Annual administration report of the Civil Veterinary Department, Sind - 1937-1938
Year: 1937
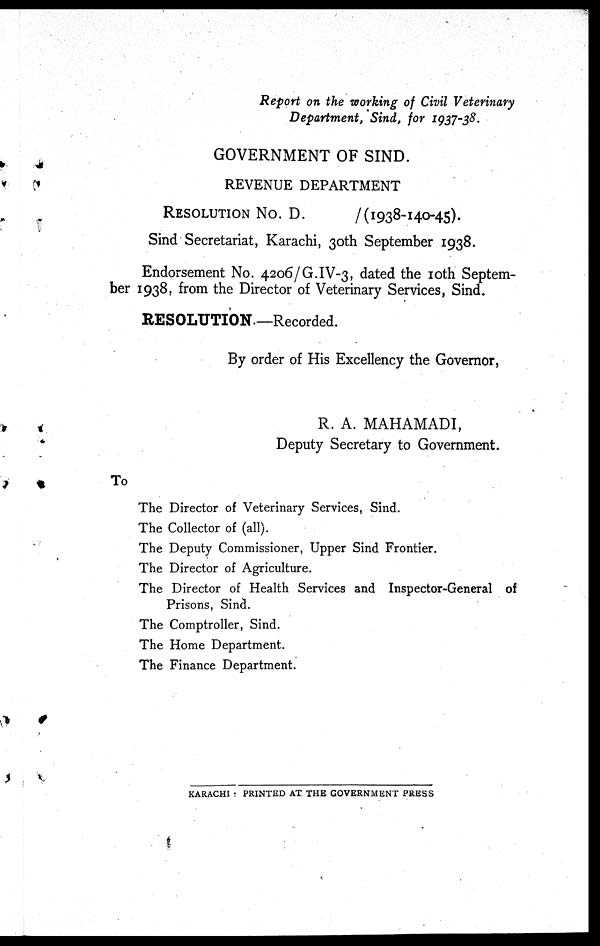
Report on the working of Civil Veterinary
Department, Sind, for 1937-38.
GOVERNMENT OF SIND.
REVENUE DEPARTMENT
REOSOLUTION
NO. D.
/(1938-140-45)
Sind Secretariat, Karachi, 30th September 1938.
Endorsement No. 4206/G.IV-3, dated the 10th Septem-
ber 1938, from the Director of Veterinary Services, Sind.
RESOLUTION.—Recorded.
By order of His Excellency the Governor,
R. A. MAHAMADI,
Deputy Secretary to Government.
To
The Director of Veterinary Services, Sind.
The Collector of (all).
The Deputy Commissioner, Upper Sind Frontier.
The Director of Agriculture.
The Director of Health Services and Inspector-General of
Prisons, Sind.
The Comptroller, Sind.
The Home Department.
The Finance Department.
KARACHI : PRINTED AT THE GOVERNMENT PRESS